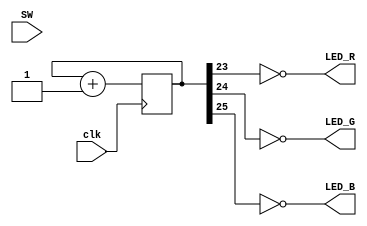
//light up the leds according to a counter to cycle through every one

/*
   b[25] b[24] b[23]
   0     0     0    black   (all off)
   0     0     1    red
   0     1     0    green
   0     1     1    yellow  (red + green)
   1     0     0    blue
   1     0     1    magenta (red + blue)
   1     1     0    cyan    (green + blue)
   1     1     1    white
*/

module top(input [3:0] SW, input clk, output LED_R, output LED_G, output LED_B);
   reg [25:0] counter;

   assign LED_R = ~counter[23];
   assign LED_G = ~counter[24];
   assign LED_B = ~counter[25];

   initial begin
      counter = 0;
   end

   always @(posedge clk)
   begin
      counter <= counter + 1;
   end
endmodule // top